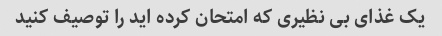
یک غذای بی نظیری که امتحان کرده اید را توصیف کنید